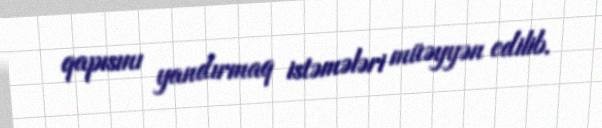
qapısını yandırmaq istəmələri müəyyən edilib.